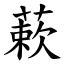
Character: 蔌